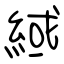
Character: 緎